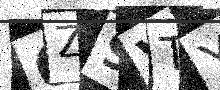
Text: 6Z9VTY